Annual report of the Imperial Bacteriologist
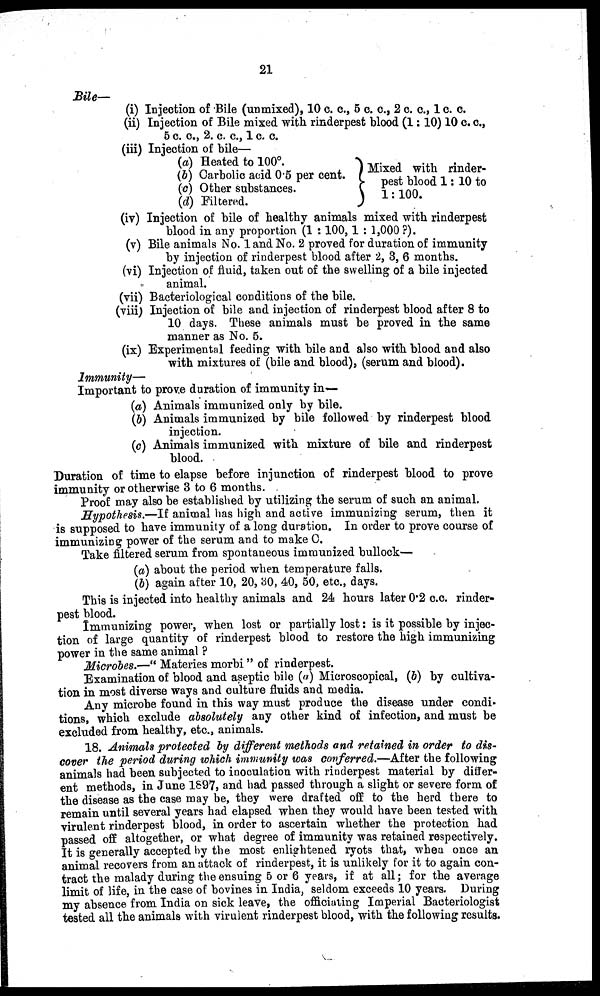
21
Bile—
(i) Injection of Bile (unmixed), 10 c. c., 5 c. c., 2 c. c., 1 c. c.
(ii) Injection of Bile mixed with rinderpest blood (1:10) 10 c. c.,
5 c. c., 2. c. c., 1 c. c.
(iii) Injection of bile—
(a) Heated to 100°.
(b) Carbolic acid 0.5 per cent.
(c) Other substances.
(d) Filtered.
Mixed with rinder¬
pest blood 1: 10 to
1: 100.
(iv) Injection of bile of healthy animals mixed with rinderpest
blood in any proportion (1 : 100, 1 : 1,000 ?).
(v) Bile animals No. 1 and No. 2 proved for duration of immunity
by injection of rinderpest blood after 2, 3, 6 months.
(vi) Injection of fluid, taken out of the swelling of a bile injected
animal.
(vii) Bacteriological conditions of the bile.
(viii) Injection of bile and injection of rinderpest blood after 8 to
10 days. These animals must be proved in the same
manner as No. 5.
(ix) Experimental feeding with bile and also with blood and also
with mixtures of (bile and blood), (serum and blood).
Immunity—
Important to prove duration of immunity in—
(a) Animals immunized only by bile.
(b) Animals immunized by bile followed by rinderpest blood
injection.
(c) Animals immunized with mixture of bile and rinderpest
blood.
Duration of time to elapse before injunction of rinderpest blood to prove
immunity or otherwise 3 to 6 months.
Proof may also be established by utilizing the serum of such an animal.
Hypothesis.—If animal has high and active immunizing serum, then it
is supposed to have immunity of a long duration. In order to prove course of
immunizing power of the serum and to make C.
Take filtered serum from spontaneous immunized bullock—
(a) about the period when temperature falls.
(b) again after 10, 20, 30, 40, 50, etc., days.
This is injected into healthy animals and 24 hours later 0.2 c.c. rinder-
pest blood.
Immunizing power, when lost or partially lost : is it possible by injec-
tion of large quantity of rinderpest blood to restore the high immunizing
power in the same animal ?
Microbes.—"Materies morbi" of rinderpest.
Examination of blood and aseptic bile (a) Microscopical, (b) by cultiva-
tion in most diverse ways and culture fluids and media.
Any microbe found in this way must produce the disease under condi-
tions, which exclude absolutely any other kind of infection, and must be
excluded from healthy, etc., animals.
18. Animals protected by different methods and retained in order to dis-
cover the period during which immunity was conferred.—After the following
animals had been subjected to inoculation with rinderpest material by differ-
ent methods, in June 1897, and had passed through a slight or severe form of
the disease as the case may be, they were drafted off to the herd there to
remain until several years had elapsed when they would have been tested with
virulent rinderpest blood, in order to ascertain whether the protection had
passed off altogether, or what degree of immunity was retained respectively.
It is generally accepted by the most enlightened ryots that, when once an
animal recovers from an attack of rinderpest, it is unlikely for it to again con-
tract the malady during the ensuing 5 or 6 years, if at all ; for the average
limit of life, in the case of bovines in India, seldom exceeds 10 years. During
my absence from India on sick leave, the officiating Imperial Bacteriologist
tested all the animals with virulent rinderpest blood, with the following results.